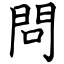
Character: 問